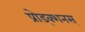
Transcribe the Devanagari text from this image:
प्रोड्क्शनस्